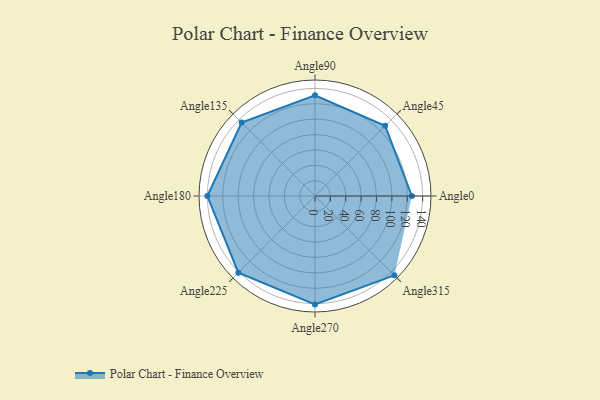
{"axis": {"x": "Angle", "y": "Radius"}, "legend": [""], "data": [{"x": "Angle0", "y": 126.0, "type": ""}, {"x": "Angle45", "y": 129.0, "type": ""}, {"x": "Angle90", "y": 131.0, "type": ""}, {"x": "Angle135", "y": 135.0, "type": ""}, {"x": "Angle180", "y": 140.0, "type": ""}, {"x": "Angle225", "y": 141.0, "type": ""}, {"x": "Angle270", "y": 141.0, "type": ""}, {"x": "Angle315", "y": 146.0, "type": ""}]}